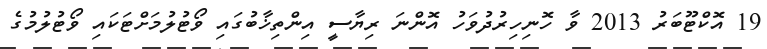
19 އޮކްޓޫބަރު 2013 ވާ ހޮނިހިރުދުވަހު އޮންނަ ރިޔާސީ އިންތިޚާބުގައި ވޯޓުލުމަށްޓަކައި ވޯޓުލުމުގެ